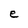
Character: e